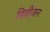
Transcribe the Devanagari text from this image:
डिवी़जन